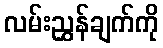
လမ်းညွှန်ချက်ကို